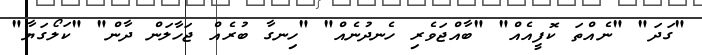
"ގަދަ" "ނެއްތަ ކޮފީއެއް" "ބާއްޖަވެރި ހެނދުނެއް" "ހިނގާ ބުރެއް ޖަހާލަން ދާން" "ކަލޯގަޔާ"